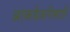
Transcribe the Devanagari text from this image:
आकडेवारीसाठी